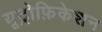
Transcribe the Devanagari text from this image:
यूट्रोफ़िकेशन